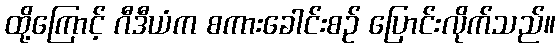
ထို့ကြောင့် ဂီဒီယံက စကားခေါင်းစဉ် ပြောင်းလိုက်သည်။